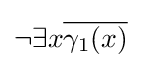
\neg \exists x{\overline {\gamma _{1}(x)}}